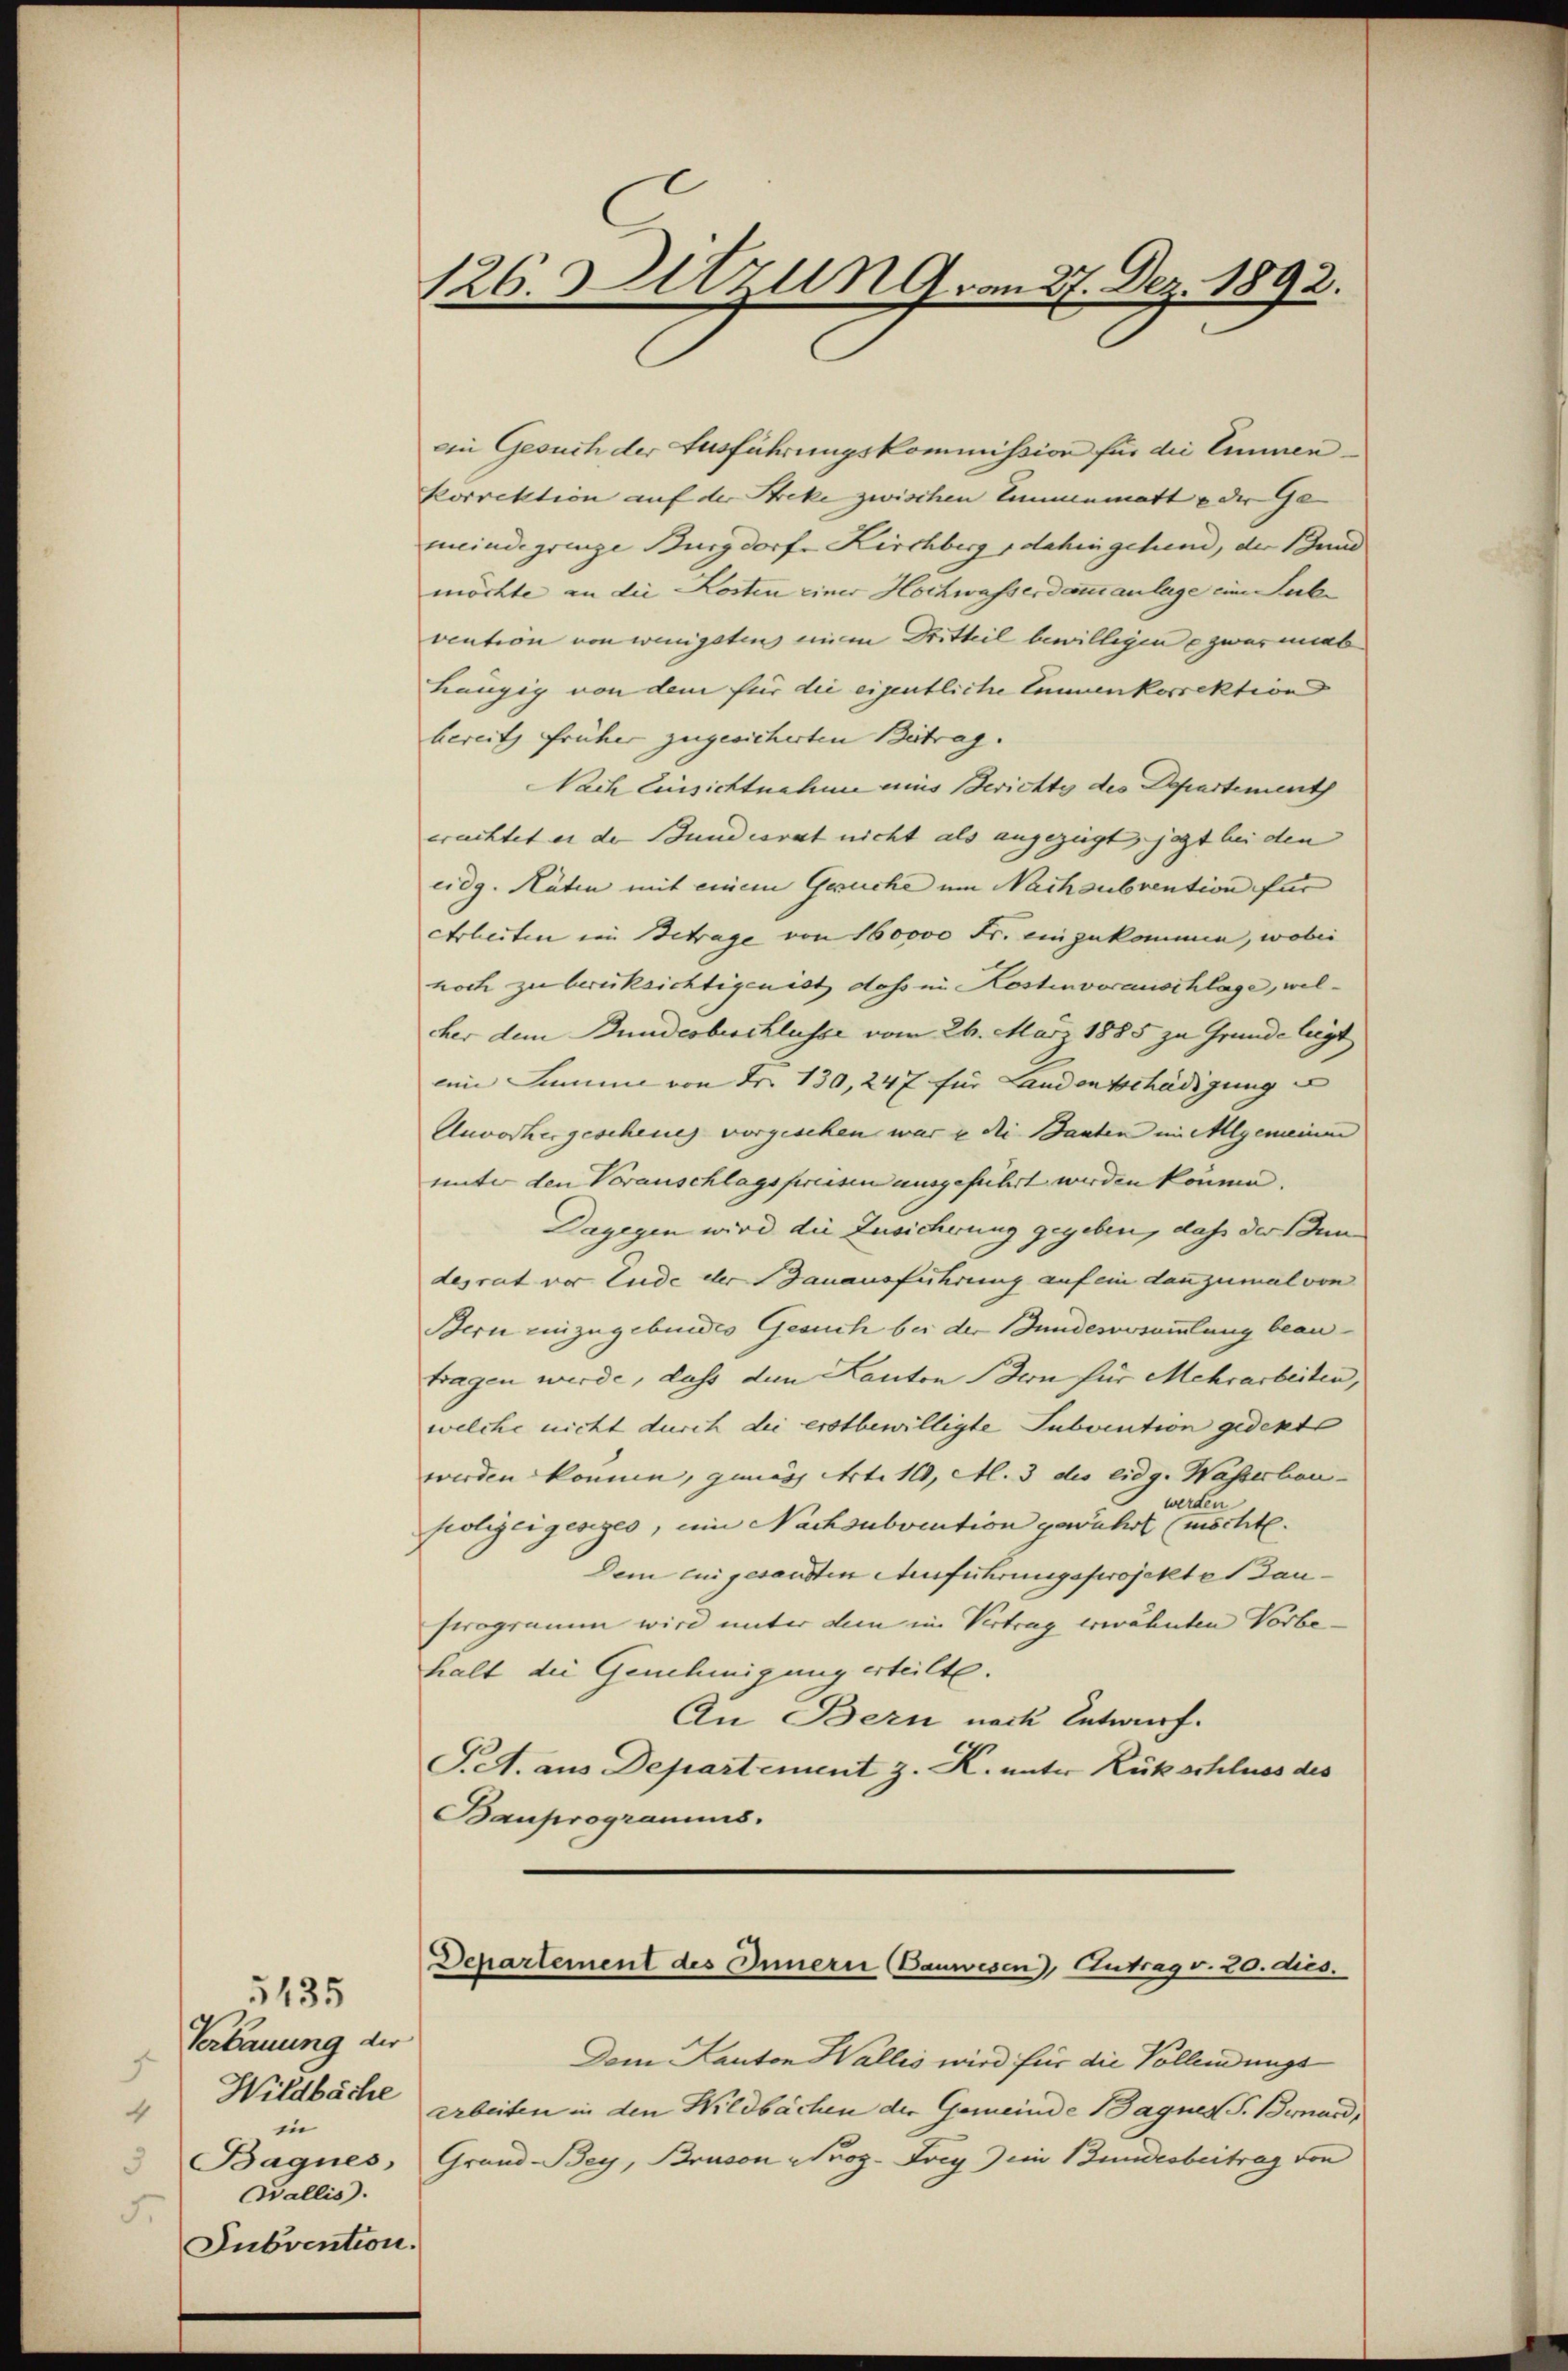
5435
Verbauung der
Wildbäche
4
in
Bagnes,
Wallis.
5.
Subvention.

126 Zitzung am 27. Dez. 1892.

ein Gesuch der Ausführungskommission für die Emmenkorrektion auf der Streke zwischen Emmenmatt e der Ge- |
meindegrenze Burgdorfe Kirchberg dahingehend, der Bund
möchte an die Kosten einer Hochwasserdammanlage eine Lucke
vention von wenigsten einem Dritteil bewilligen zwai miab
Läugig von dem für die eigentliche Emmenkorrektion
bereits früher zugesicherten Betrag.
Nach Einsichtnahme ains Berichte des Departement
erachtet er de Bundesrat nicht als angezeigt, jezt bei den |
eidg. Räten mit einem Gesuche um Nachsubvention für
Arbeiten ein Betrage von 160000 Fr. einzukommen, wobei
noch zu berücksichtigen ist dass in Kostenvorauschlage, welher dem Bundesbeschlusse vom 26. März 1885 zu Grunde liegt
eine Summe von Fr. 130, 247 für Landentschädigung
Anvorhergescheines vorgesehen war u die Bauten im Allgemeinen
unter den Vorauschlagspreisen ausgeführt werden können.
Dagegen wird die Zusicherung gegeben, daß der Dundesrat vor Ende der Bauausführung auf ein dannzumal von
Bern einzugebundes Gesuch bei der Bundesversammlung beantragen werde, dass den Kanton Bern für Mehrarbeiten,
welche nicht durch die erstbewilligte Subvention gedekt
werden können, gemäss Art. 110, Al. 3 des eidg. Wasserbau-
werden
seolizeigesezes, ein Nachsubvention gewährt (mischt.
Dei ein gesandten Ausführungsprojektes Baustrogramm wird unter dem im Vertrag erwähnten Vorbehalt die Genehmigung erteilte.
An Bern nach Entwurf.
S.S. aus Departement z. K. unter Rückschluss des
Bauprogramms.

Departement des Innern Bauwesen, Eintrag v. 20. dies.

Dem Kanton Wallis wird für die Vollendungs
arbeiten in den Wildbachen der Gemeinde Bagnes P. Birnard,
Grand-Bey, Bruson Proz. Frey im Bundesbeitrag von